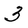
Character: 3